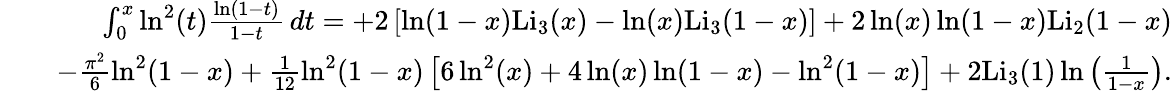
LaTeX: \begin{array}{rlr}&{}&{\int_{0}^{x}\ln^{2}(t)\frac{\ln(1-t)}{1-t}\, dt=+2\left[\ln(1-x)\mathrm{Li}_{3}(x)-\ln(x)\mathrm{Li}_{3}(1-x)\right]+2\ln(x)\ln(1-x)\mathrm{Li}_{2}(1-x)}\\ &{}&{-\frac{\pi^{2}}{6}\ln^{2}(1-x)+\frac{1}{12}\ln^{2}(1-x)\left[6\ln^{2}(x)+4\ln(x)\ln(1-x)-\ln^{2}(1-x)\right]+2\mathrm{Li}_{3}(1)\ln\left(\frac{1}{1-x}\right).}\end{array}